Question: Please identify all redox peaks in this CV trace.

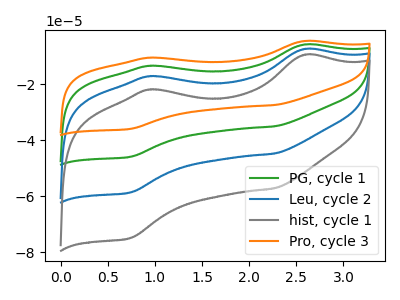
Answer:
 <answer>The green curve "PG, cycle 1" has anodic peaks at (2.60V, -14.75uA) (0.95V, -34.20uA) and cathodic peaks at (2.25V, -89.50uA) (0.75V, -117.25uA). The blue curve "Leu, cycle 2" has anodic peaks at (2.60V, -7.40uA) (0.95V, -17.10uA) and cathodic peaks at (2.25V, -44.75uA) (0.75V, -58.60uA). The gray curve "hist, cycle 1" has anodic peaks at (2.60V, -9.45uA) (0.95V, -21.85uA) and cathodic peaks at (2.25V, -57.15uA) (0.75V, -74.90uA). The orange curve "Pro, cycle 3" has anodic peaks at (2.60V, -22.15uA) (0.95V, -51.25uA) and cathodic peaks at (2.25V, -134.20uA) (0.75V, -175.85uA).</answer>
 <eval></eval>